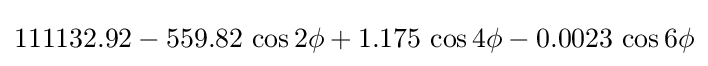
111132.92-559.82\,\cos 2\phi +1.175\,\cos 4\phi -0.0023\,\cos 6\phi